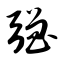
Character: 强